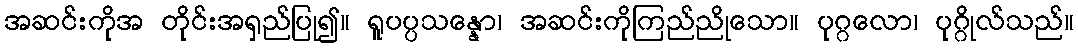
အဆင်းကိုအ တိုင်းအရှည်ပြု၍။ ရူပပ္ပသန္နော၊ အဆင်းကိုကြည်ညိုသော။ ပုဂ္ဂလော၊ ပုဂ္ဂိုလ်သည်။